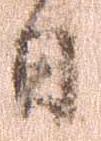
日